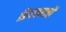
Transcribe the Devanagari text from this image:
प्रियकराची